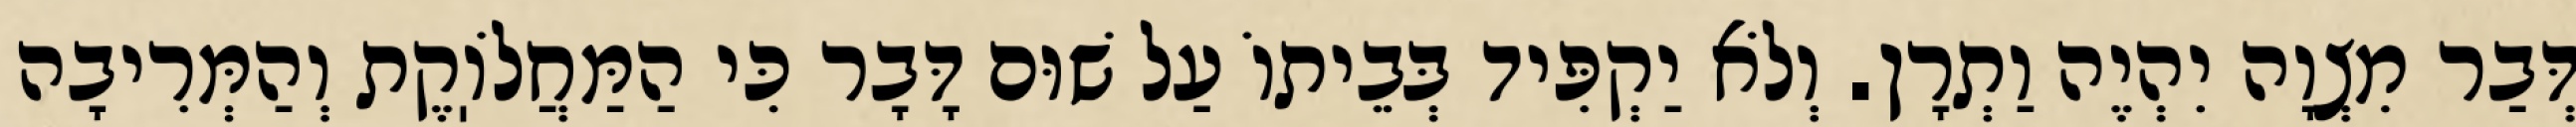
דְּבַר מִצְוָה יִהְיֶה וַתְרָן. וְלֹא יַקְפִּיד בְּבֵיתוֹ עַל שׁוּם דָּבָר כִּי הַמַּחֲלֹוֽקֶת וְהַמְּרִיבָה